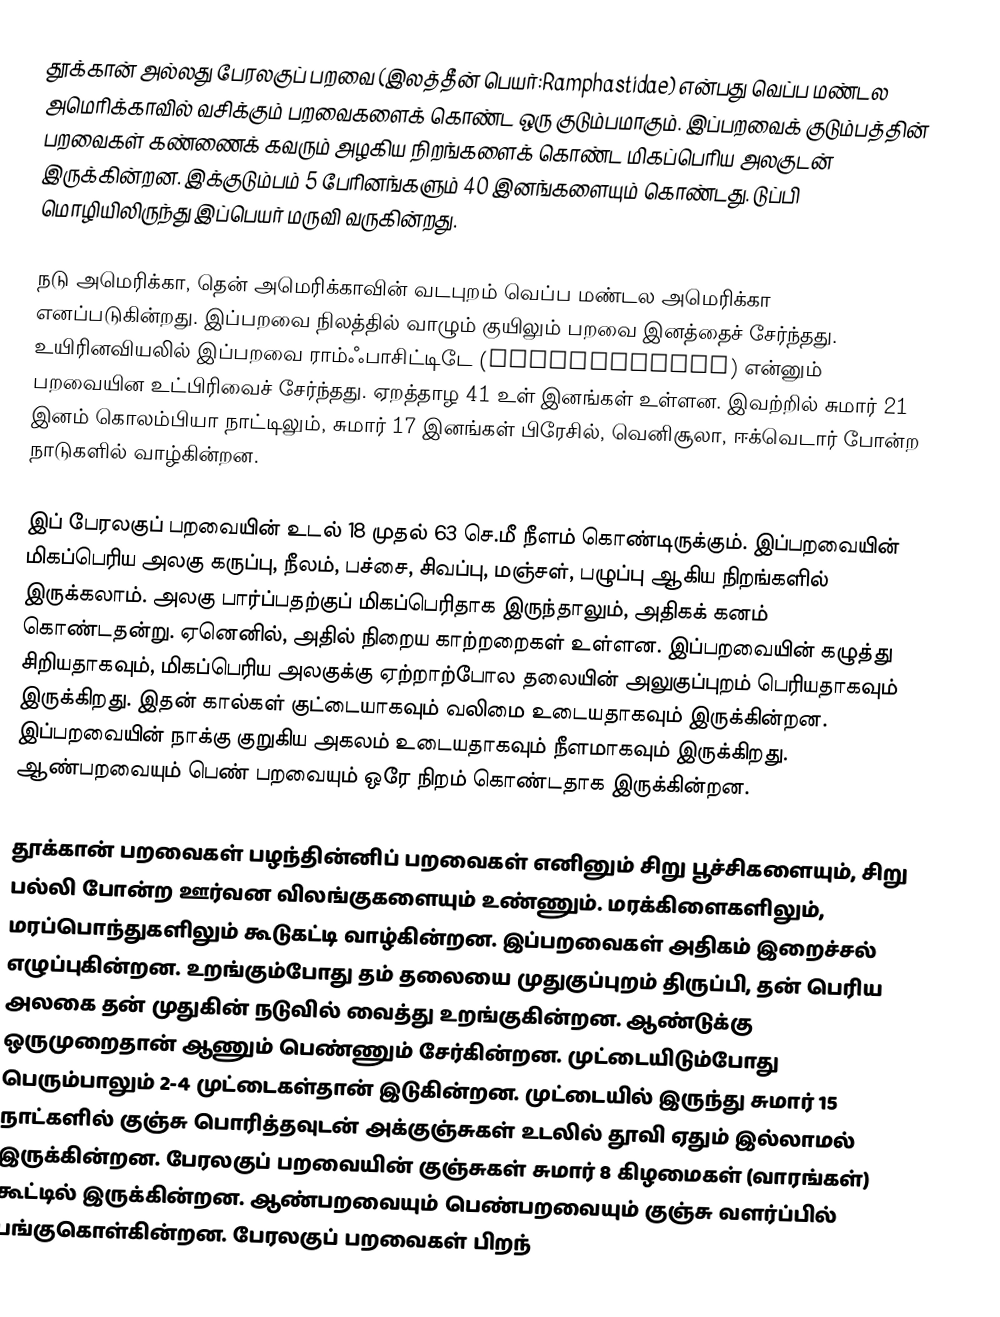
தூக்கான் அல்லது பேரலகுப் பறவை (இலத்தீன் பெயர்:Ramphastidae) என்பது வெப்ப மண்டல அமெரிக்காவில் வசிக்கும் பறவைகளைக் கொண்ட ஒரு குடும்பமாகும். இப்பறவைக் குடும்பத்தின் பறவைகள் கண்ணைக் கவரும் அழகிய நிறங்களைக் கொண்ட மிகப்பெரிய அலகுடன் இருக்கின்றன. இக்குடும்பம் 5 பேரினங்களும் 40 இனங்களையும் கொண்டது. டுப்பி மொழியிலிருந்து இப்பெயர் மருவி வருகின்றது.

நடு அமெரிக்கா, தென் அமெரிக்காவின் வடபுறம் வெப்ப மண்டல அமெரிக்கா எனப்படுகின்றது. இப்பறவை நிலத்தில் வாழும் குயிலும் பறவை இனத்தைச் சேர்ந்தது. உயிரினவியலில் இப்பறவை ராம்ஃபாசிட்டிடே (Ramphastidae) என்னும் பறவையின உட்பிரிவைச் சேர்ந்தது. ஏறத்தாழ 41 உள் இனங்கள் உள்ளன. இவற்றில் சுமார் 21 இனம் கொலம்பியா நாட்டிலும், சுமார் 17 இனங்கள் பிரேசில், வெனிசூலா, ஈக்வெடார் போன்ற நாடுகளில் வாழ்கின்றன.

இப் பேரலகுப் பறவையின் உடல் 18 முதல் 63 செ.மீ நீளம் கொண்டிருக்கும். இப்பறவையின் மிகப்பெரிய அலகு கருப்பு, நீலம், பச்சை, சிவப்பு, மஞ்சள், பழுப்பு ஆகிய நிறங்களில் இருக்கலாம். அலகு பார்ப்பதற்குப் மிகப்பெரிதாக இருந்தாலும், அதிகக் கனம் கொண்டதன்று. ஏனெனில், அதில் நிறைய காற்றறைகள் உள்ளன. இப்பறவையின் கழுத்து சிறியதாகவும், மிகப்பெரிய அலகுக்கு ஏற்றாற்போல தலையின் அலுகுப்புறம் பெரியதாகவும் இருக்கிறது. இதன் கால்கள் குட்டையாகவும் வலிமை உடையதாகவும் இருக்கின்றன. இப்பறவையின் நாக்கு குறுகிய அகலம் உடையதாகவும் நீளமாகவும் இருக்கிறது. ஆண்பறவையும் பெண் பறவையும் ஒரே நிறம் கொண்டதாக இருக்கின்றன.

தூக்கான் பறவைகள் பழந்தின்னிப் பறவைகள் எனினும் சிறு பூச்சிகளையும், சிறு பல்லி போன்ற ஊர்வன விலங்குகளையும் உண்ணும். மரக்கிளைகளிலும், மரப்பொந்துகளிலும் கூடுகட்டி வாழ்கின்றன. இப்பறவைகள் அதிகம் இறைச்சல் எழுப்புகின்றன. உறங்கும்போது தம் தலையை முதுகுப்புறம் திருப்பி, தன் பெரிய அலகை தன் முதுகின் நடுவில் வைத்து உறங்குகின்றன.  ஆண்டுக்கு ஒருமுறைதான் ஆணும் பெண்ணும் சேர்கின்றன. முட்டையிடும்போது பெரும்பாலும் 2-4 முட்டைகள்தான் இடுகின்றன. முட்டையில் இருந்து சுமார் 15 நாட்களில் குஞ்சு பொரித்தவுடன் அக்குஞ்சுகள் உடலில் தூவி ஏதும் இல்லாமல் இருக்கின்றன. பேரலகுப் பறவையின் குஞ்சுகள் சுமார் 8 கிழமைகள் (வாரங்கள்) கூட்டில் இருக்கின்றன. ஆண்பறவையும் பெண்பறவையும் குஞ்சு வளர்ப்பில் பங்குகொள்கின்றன. பேரலகுப் பறவைகள் பிறந்